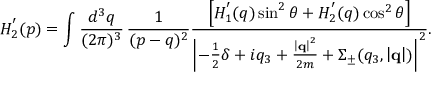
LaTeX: H _ { 2 } ^ { ' } ( p ) = \int \frac { d ^ { 3 } q } { ( 2 \pi ) ^ { 3 } } \, \frac { 1 } { ( p - q ) ^ { 2 } } \frac { \left[ H _ { 1 } ^ { ' } ( q ) \sin ^ { 2 } \theta + H _ { 2 } ^ { ' } ( q ) \cos ^ { 2 } \theta \right] } { \left| - \frac { 1 } { 2 } \delta + i q _ { 3 } + \frac { \left| { \bf q } \right| ^ { 2 } } { 2 m } + \Sigma _ { \pm } ( q _ { 3 } , \left| { \bf q } \right| ) \right| ^ { 2 } } .